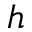
h